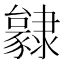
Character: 𨾃